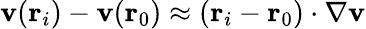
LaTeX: \mathbf{v}(\mathbf{r}_{i})-\mathbf{v}(\mathbf{r}_{0})\approx(\mathbf{r}_{i}-\mathbf{r}_{0})\cdot\nabla\mathbf{v}